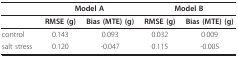
|  | <COLSPAN=2> Model A | <COLSPAN=2> Model B |
 | --- | --- | --- | --- | --- |
 |  | RMSE (g) | Bias (MTE) (g) | RMSE (g) | Bias (MTE) (g) |
 | control | 0.143 | 0.093 | 0.032 | 0.009 |
 | salt stress | 0.120 | -0.047 | 0.115 | -0.005 |